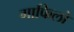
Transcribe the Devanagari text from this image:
गाफिलो